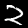
Digit: 2